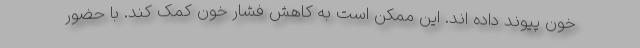
خون پیوند داده اند. این ممکن است به کاهش فشار خون کمک کند. با حضور